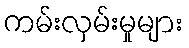
ကမ်းလှမ်းမှုများ